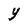
Character: Y